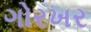
ગોરખર